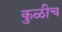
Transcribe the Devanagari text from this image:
कुळीच